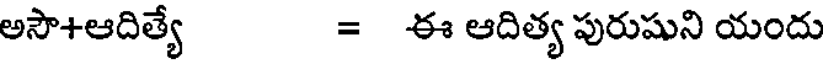
అసౌ+ఆదిత్యే = ఈ ఆదిత్య పురుషుని యందు